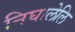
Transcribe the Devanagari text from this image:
निघालेलि